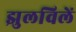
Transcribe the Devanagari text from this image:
झुलविलें